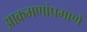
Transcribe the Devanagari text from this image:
आक्रमणांप्रमाणे